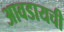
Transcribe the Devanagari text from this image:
आवडायची